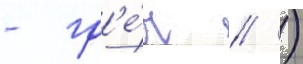
- гр'е́ч // )